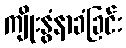
ကျိုးနွံနာခံခြင်း